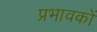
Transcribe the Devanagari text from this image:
प्रभावकों